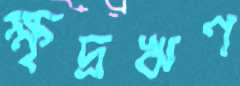
ক্ষৃদ্রঋণ